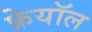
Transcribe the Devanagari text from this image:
फ्रेयॉल